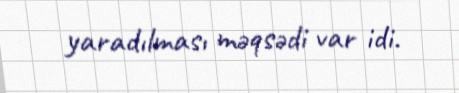
yaradılması məqsədi var idi.